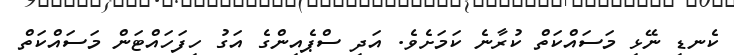
ކެނޑި ނޭޅި މަސައްކަތް ކުރާނެ ކަމަށެވެ. އަދި ސްޕެއިންގެ އަގު ހިފަހައްޓަން މަސައްކަތް